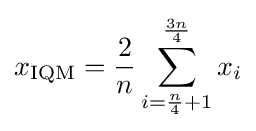
x_{\mathrm {IQM} }={2 \over n}\sum _{i={\frac {n}{4}}+1}^{\frac {3n}{4}}{x_{i}}